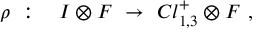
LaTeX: \rho ~ : ~ ~ ~ { \cal I } \otimes { \cal F } ~ \rightarrow ~ C l _ { 1 , 3 } ^ { + } \otimes { \cal F } ~ ,